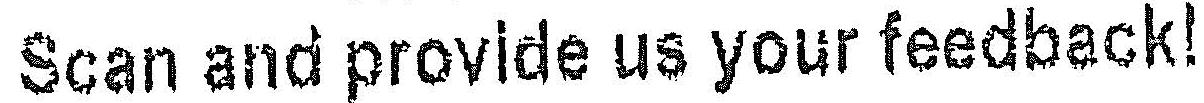
SCAN AND PROVIDE US YOUR FEEDBACK!